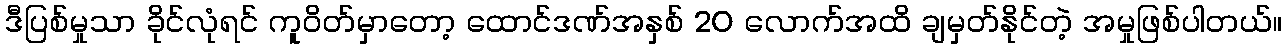
ဒီပြစ်မှုသာ ခိုင်လုံရင် ကူဝိတ်မှာတော့ ထောင်ဒဏ်အနှစ် 20 လောက်အထိ ချမှတ်နိုင်တဲ့ အမှုဖြစ်ပါတယ်။